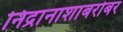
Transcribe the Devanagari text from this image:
निद्रानाशाबरोबर